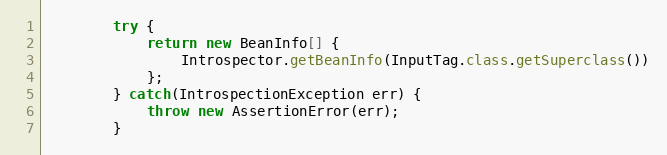
Language: Java
		try {
			return new BeanInfo[] {
				Introspector.getBeanInfo(InputTag.class.getSuperclass())
			};
		} catch(IntrospectionException err) {
			throw new AssertionError(err);
		}